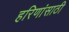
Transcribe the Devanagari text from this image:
हरिणांसाठी